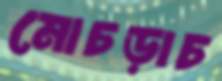
মোচড়াচ